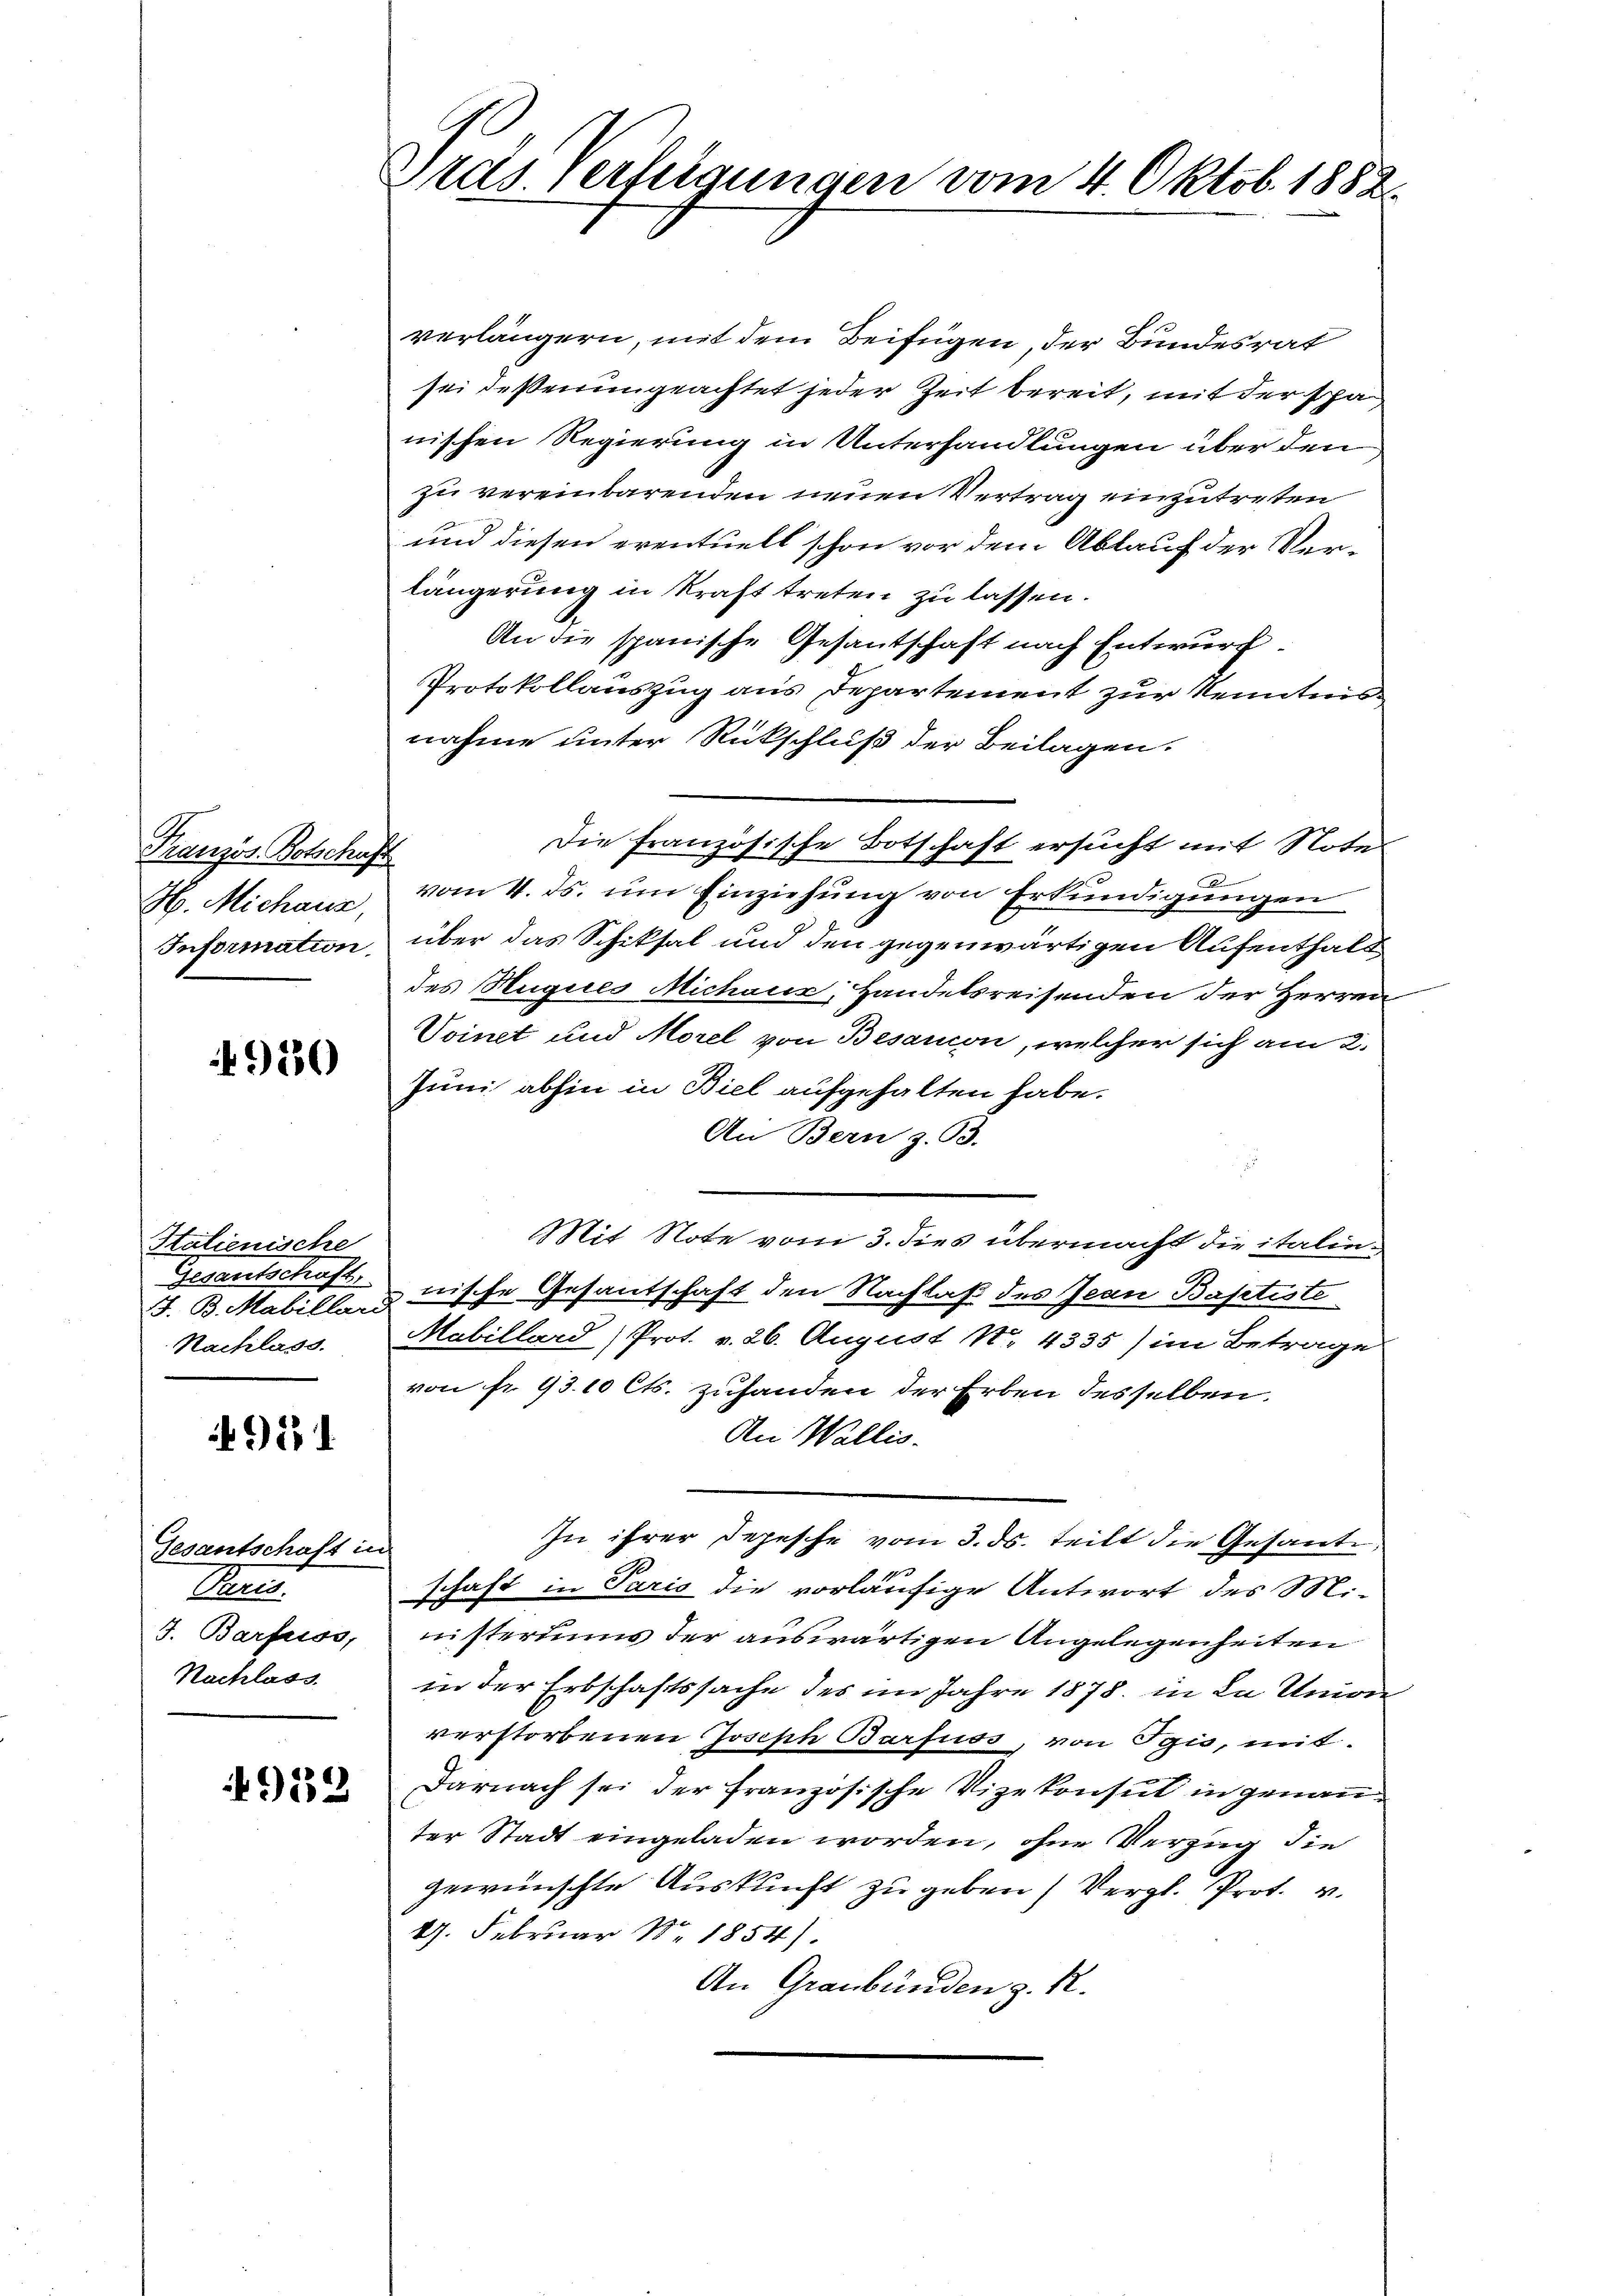
Französ. Botschaft
H. Michaus,
Information.

950

Italienische
Gesantschaft,
Nachlass.

921

Gesantschaft in
Preis
J. Barfuss,
Nachlass

4952

Pras. erfügungen vom 4. Oktob. 1882.

verlängern, mit dem Beifügen, der Bundesrat
sei deßenungeachtet jeder Zeit bereit, mit der spa
nischen Regierung in Unterhandlungen über den
zu vereinbarenden neuen Vertrag einzutreten
und diesen eventuell schon vor dem Ablauf der Verlängerung in Kraft treten zu lassen.
An die spanische Gesantschaft nach Entwurf
Protokollauszug aus Departement zur Kenntnis
nahme unter Rückschluß der Beilagen.
Die Französische Botschaft ersucht mit Notel
2
vom 4. ds. um Einziehung von Erkundigungen
über das Schiksal und den gegenwärtigen Aufenthalt
des Huques Michanz, Handelsreisenden der Herren
Voinet und Morel von Besanion, welcher sich am 2.
Juni abhin in Biel aufgehalten habe.
An Bern z. B.
Mit Note vom 3. dies übermacht die italin¬
J. B. Matiles nische Gesantschaft den Nachlaß des Jean Baptiste
Mabillard (Prot. v. 26. August No. 4335) im Betrage
von fr. 93. 10 Cts. zufanden der Erben desselben.
An Wallis.
In ihrer Depesche vom 3. ds. teilt die Gesante,
schaft in Paris die vorläufige Antwort des Miinisteriums der auswärtigen Angelegenheiten
in der Erbschaftssache des im Jahre 1878 in La Univer
verstorbenen Joseph Barfuss, von Egis, mit
Darnach sei der französische Vizekonsul in genan
ter Stadt eingeladen worden, ohne Verzug die
gewünschte Auskunft zu geben) Vergl. Prot. v.
19. Februar Nr. 1854).
An Graubünden z. R.